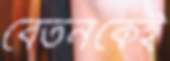
বেতনকেই